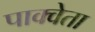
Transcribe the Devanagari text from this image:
पाक्वेता